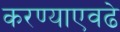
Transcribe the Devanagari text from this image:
करण्याएवढे